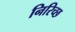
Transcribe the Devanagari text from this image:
निरिच्छ